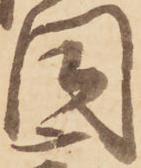
同